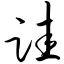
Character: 跬